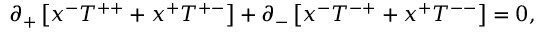
\partial _ { + } \left[ x ^ { - } T ^ { + + } + x ^ { + } T ^ { + - } \right] + \partial _ { - } \left[ x ^ { - } T ^ { - + } + x ^ { + } T ^ { -- } \right] = 0 ,